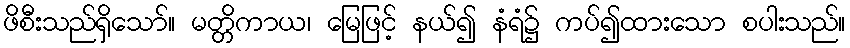
ဖိစီးသည်ရှိသော်။ မတ္တိကာယ၊ မြေဖြင့် နယ်၍ နံရံ၌ ကပ်၍ထားသော စပါးသည်။